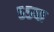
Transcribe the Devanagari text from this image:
५५वा